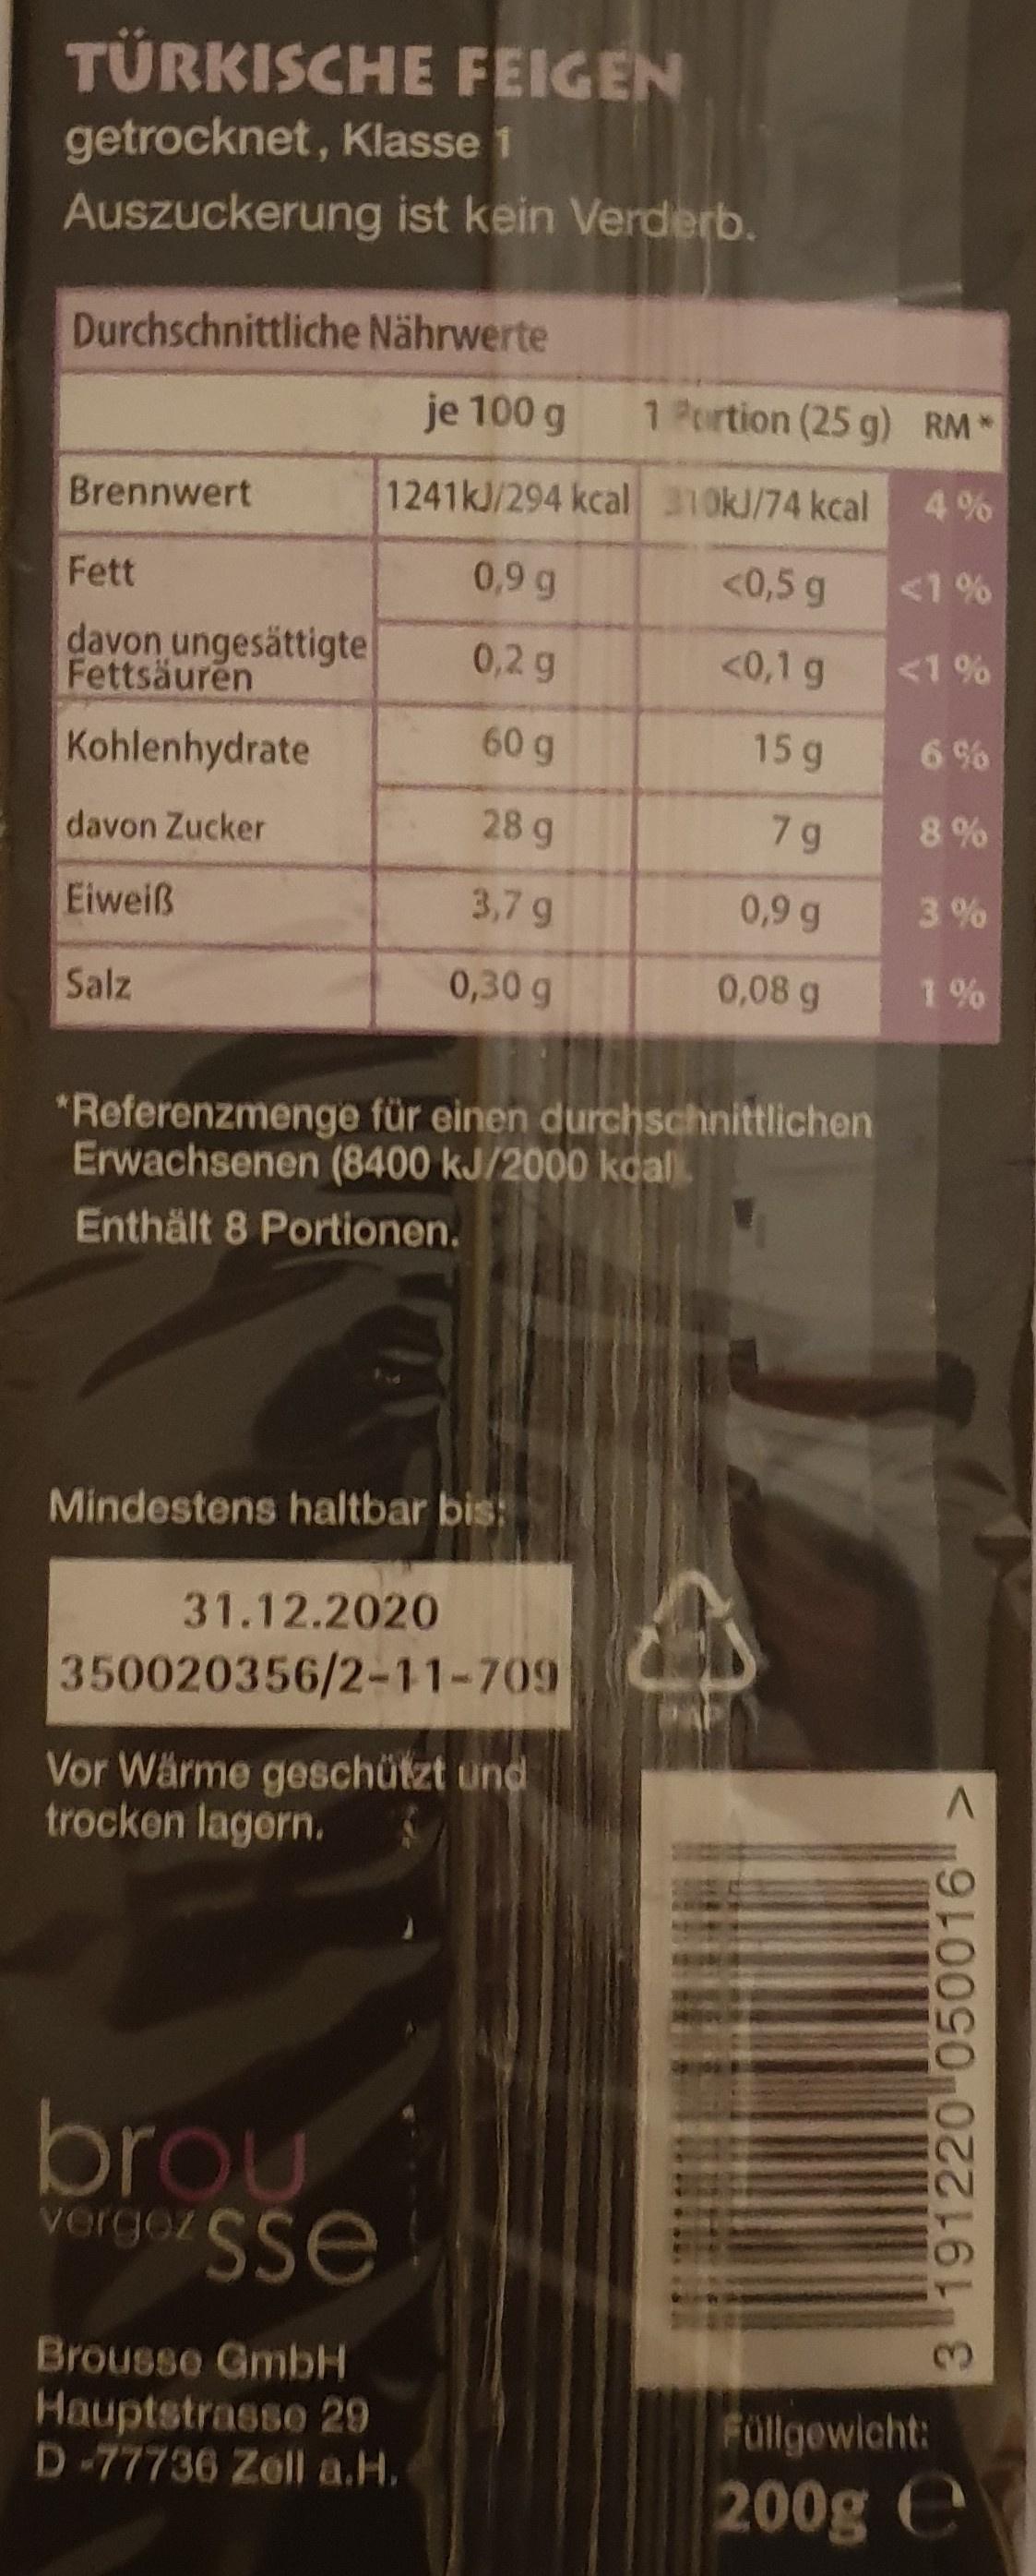
TÜRKISCHE FEIGEN
getrocknet, Klasse 1
Auszuckerung ist kein Verderb.
Durchschnittliche Nährwerte
je 100 g
1 Portion (25 g) RM*
Brennwert
1241KJ/294 kcal 310KJ/74 kcal
4%
Fett
0,9 g
<0,5 g
<1 %
davon ungesättigtel Fettsäuren
0,2 g
<0,1 g
<1 %
Kohlenhydrate
60g
15 g
6 %
davon Zucker
28 g
7 g
8%
Eiweiß
3,7 g
0,9 g
3%
Salz
0,30 g
0,08 g
1 %
*Referenzmenge für einen durchschnittlichen Erwachsenen (8400 kJ/2000 koal
Enthält 8 Portionen.
Mindestens haltbar bis:
31.12.2020
350020356/2-11-709
PAP
Vor Wärme geschützt und trocken lagern.
brou vergez Sse
Brousse GmbH
Hauptstrasse 29 D-77736 Zell a.H.
Füllgewicht:
200g e
3 191220 050016 >